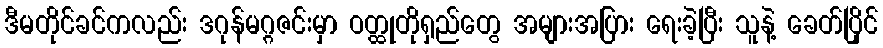
ဒီမတိုင်ခင်ကလည်း ဒဂုန်မဂ္ဂဇင်းမှာ ဝတ္ထုတိုရှည်တွေ အများအပြား ရေးခဲ့ပြီး သူနဲ့ ခေတ်ပြိုင်